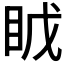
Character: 𪾤